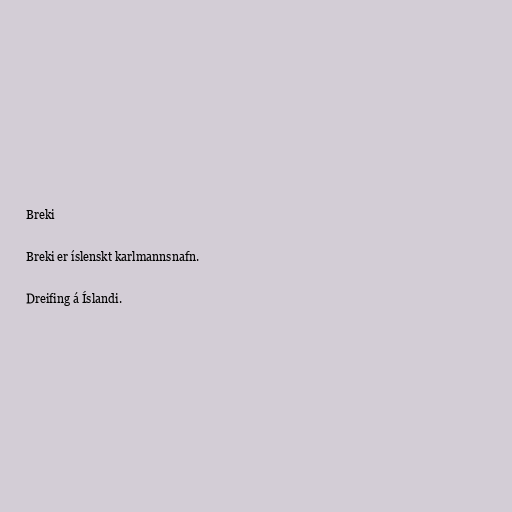
Breki

Breki er íslenskt karlmannsnafn.

Dreifing á Íslandi.